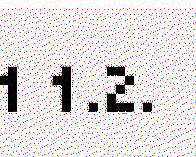
1 1.2.